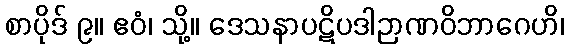
စာပိုဒ် ၉။ ဧဝံ၊ သို့။ ဒေသနာပဋိပဒါဉာဏဝိဘာဂေဟိ၊